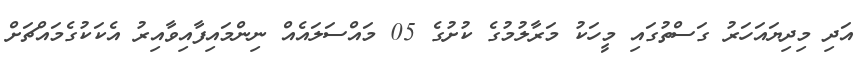
އަދި މިދިޔައަހަރު ގަސްތުގައި މީހަކު މަރާލުމުގެ ކުށުގެ 05 މައްސަލައެއް ނިންމައިފާއިވާއިރު އެކަކުގެމައްޗަށް